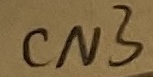
Text: CN3